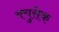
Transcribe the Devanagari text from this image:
क्युसेक